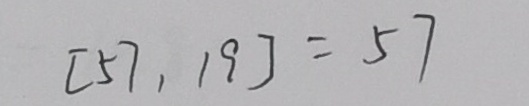
[ 5 7 , 1 9 ] = 5 7